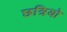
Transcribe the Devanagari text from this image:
छत्रियो